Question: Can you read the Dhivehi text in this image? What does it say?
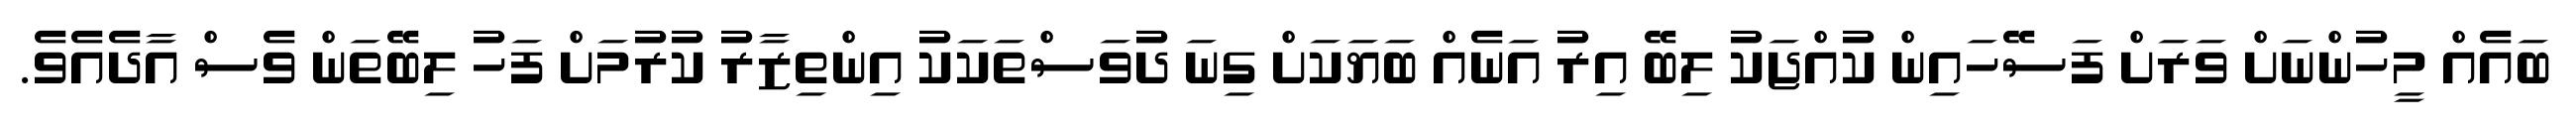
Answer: ބައެއް މީހުންނަށް ވަރަށް ފަސޭހައިން ކުއްޖަކު ލިބޭ އިރު އަނެއް ބަޔަކަށް ގިނަ ދުވަސްތަކަކު އިންތިޒާރު ކުރުމަށް ފަހު ލިބޭތަން ވެސް އާދެއެވެ.